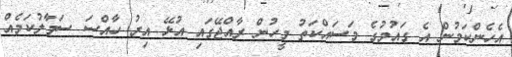
އެހެންކަމުން އެ ގައުމުގެ މަސައްކަތު މީހުން ރާއްޖޭގައި އުޅޭ އިރު ހާއްސަ ސަމާލުކަމެއް